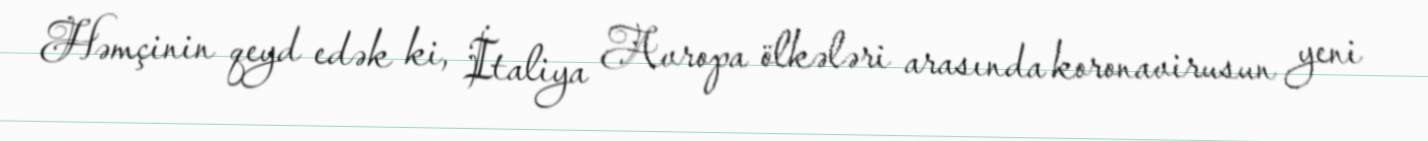
Həmçinin qeyd edək ki, İtaliya Avropa ölkələri arasında koronavirusun yeni